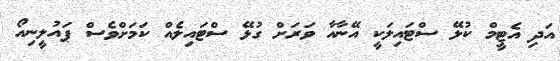
އަދި އެޓީމް ކުޅޭ ސްޓައިލަކީ އޭނާއާ ވަރަށް ގުޅޭ ސްޓައިލެއް ކަމަށްވެސް ޕައުލީނިއޯ